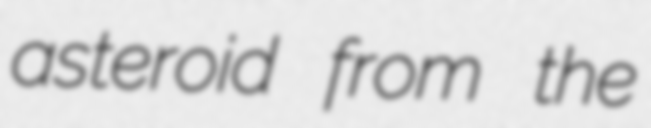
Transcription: asteroid from the